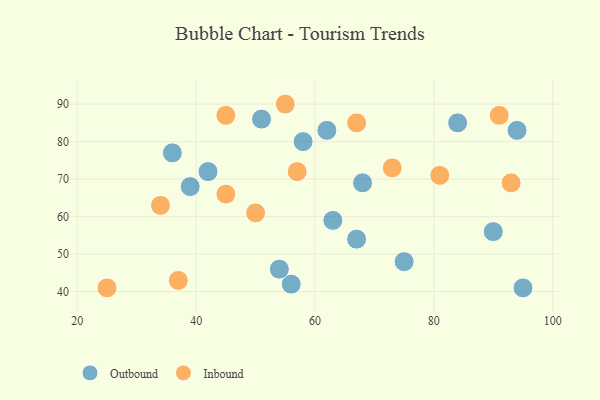
{"axis": {"x": "GDP", "y": "Life Expectancy"}, "legend": ["Inbound", "Outbound"], "data": [{"x": "63", "y": 59, "type": "Outbound"}, {"x": "90", "y": 56, "type": "Outbound"}, {"x": "39", "y": 68, "type": "Outbound"}, {"x": "75", "y": 48, "type": "Outbound"}, {"x": "42", "y": 72, "type": "Outbound"}, {"x": "62", "y": 83, "type": "Outbound"}, {"x": "58", "y": 80, "type": "Outbound"}, {"x": "95", "y": 41, "type": "Outbound"}, {"x": "56", "y": 42, "type": "Outbound"}, {"x": "54", "y": 46, "type": "Outbound"}, {"x": "94", "y": 83, "type": "Outbound"}, {"x": "51", "y": 86, "type": "Outbound"}, {"x": "36", "y": 77, "type": "Outbound"}, {"x": "84", "y": 85, "type": "Outbound"}, {"x": "67", "y": 54, "type": "Outbound"}, {"x": "68", "y": 69, "type": "Outbound"}, {"x": "34", "y": 63, "type": "Inbound"}, {"x": "57", "y": 72, "type": "Inbound"}, {"x": "67", "y": 85, "type": "Inbound"}, {"x": "81", "y": 71, "type": "Inbound"}, {"x": "93", "y": 69, "type": "Inbound"}, {"x": "25", "y": 41, "type": "Inbound"}, {"x": "50", "y": 61, "type": "Inbound"}, {"x": "37", "y": 43, "type": "Inbound"}, {"x": "45", "y": 66, "type": "Inbound"}, {"x": "45", "y": 87, "type": "Inbound"}, {"x": "55", "y": 90, "type": "Inbound"}, {"x": "73", "y": 73, "type": "Inbound"}, {"x": "91", "y": 87, "type": "Inbound"}]}